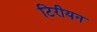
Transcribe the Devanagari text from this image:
टिरीयन